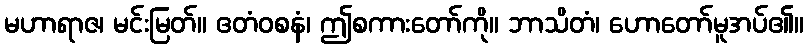
မဟာရာဇ၊ မင်းမြတ်။ ဧတံဝစနံ၊ ဤစကားတော်ကို။ ဘာသိတံ၊ ဟောတော်မူအပ်၏။